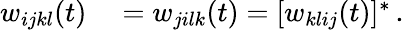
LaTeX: \begin{array}{rl}{w_{ijkl}(t)}&{{}=w_{jilk}(t)=[w_{klij}(t)]^{*}\, .}\end{array}